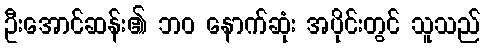
ဦးအောင်ဆန်း၏ ဘဝ နောက်ဆုံး အပိုင်းတွင် သူသည်